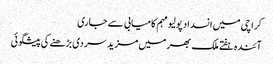
کراچی میں انسداد پولیو مہم کامیابی سے جاری
آئندہ ہفتے ملک بھر میں مزید سردی بڑھنے کی پیشگوئی